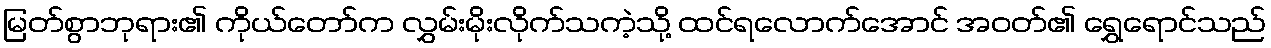
မြတ်စွာဘုရား၏ ကိုယ်တော်က လွှမ်းမိုးလိုက်သကဲ့သို့ ထင်ရလောက်အောင် အဝတ်၏ ရွှေရောင်သည်